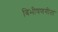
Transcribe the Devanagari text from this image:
बिभीषणगीता